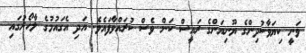
ވަނީ ކިޔަވާކުދިންގެ ޔޫނިއަންގެ ރައީސް ކަން ވެސް ކުރައްވާފައެވެ. އަދި އެގައުމުގެ ލާހޯރުގައި